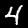
Digit: 4